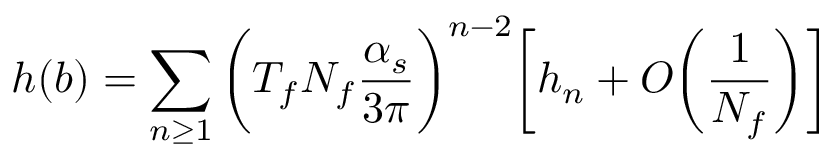
h ( b ) = \sum _ { n \geq 1 } \bigg ( T _ { f } N _ { f } \frac { \alpha _ { s } } { 3 \pi } \bigg ) ^ { n - 2 } \bigg [ h _ { n } + O \bigg ( \frac { 1 } { N _ { f } } \bigg ) \bigg ]